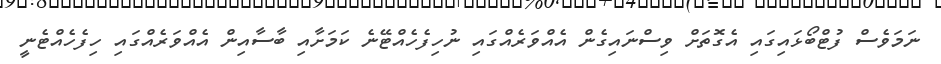
ނަމަވެސް ފުޓްބޯޅައިގައި އެގޮތަށް ވިސްނައިގެން އެއްވަރެއްގައި ނުހިފެހެއްޓޭނެ ކަމަށާއި ބާސާއިން އެއްވަރެއްގައި ހިފެހެއްޓެނީ